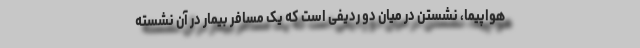
هواپیما، نشستن در میان دو ردیفی است که یک مسافر بیمار در آن نشسته